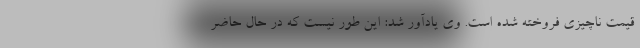
قیمت ناچیزی فروخته شده است. وی یادآور شد: این طور نیست که در حال حاضر